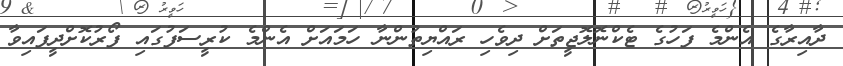
ދާއިރާގެ އެންމެ ފަހުގެ ޓެކްނޮލޮޖީތަށް ދިވެހި ރައްޔިތުންނާ ހަމައަށް އެންމެ ކުރީސަފުގައި ފޯރުކޮށްދީފައިވާ